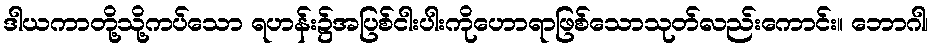
ဒါယကာတို့သို့ကပ်သော ရဟန်း၌အပြစ်ငါးပါးကိုဟောရာဖြစ်သောသုတ်လည်းကောင်း။ ဘောဂါ၊